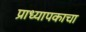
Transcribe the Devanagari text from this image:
प्राध्यापकाचा